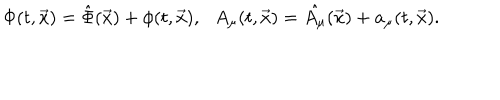
LaTeX: \Phi ( t , \vec { x } ) = \hat { \Phi } ( \vec { x } ) + \phi ( t , \vec { x } ) , \: \: \: A _ { \mu } ( t , \vec { x } ) = \hat { A _ { \mu } } ( \vec { x } ) + a _ { \mu } ( t , \vec { x } ) .